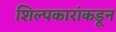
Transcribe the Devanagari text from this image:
शिल्पकारांकडून